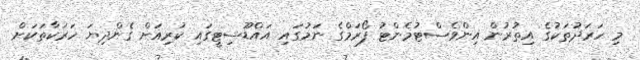
މި ހަރަދުތަކުގެ އިތުރުން އިންވެސްޓުމެންޓު ފޯރަމްގެ ނަމުގައި އައްޑޫސިޓީގައި ކުރިއަށް ގެންދިޔަ ހަރަކާތަކަށް